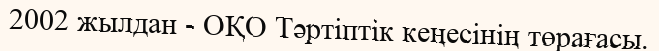
2002 жылдан - ОҚО Тәртіптік кеңесінің төрағасы.